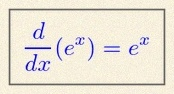
\frac{d}{dx}(e^x)=e^x